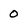
Character: 0